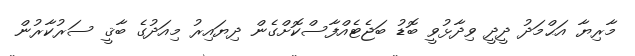
މާރިޔާ އަޙްމަދު ދީދީ ވިދާޅުވީ ބޮޑު ބަޖެޓެއްފާސްކޮށްގެން ދިޔައިރު މިއަދުގެ ބާޤީ ސަރުކާރުން